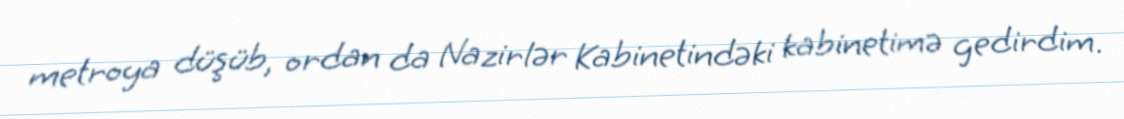
metroya düşüb, ordan da Nazirlər Kabinetindəki kabinetimə gedirdim.